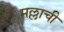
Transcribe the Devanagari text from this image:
मल्लाची